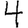
Digit: 4